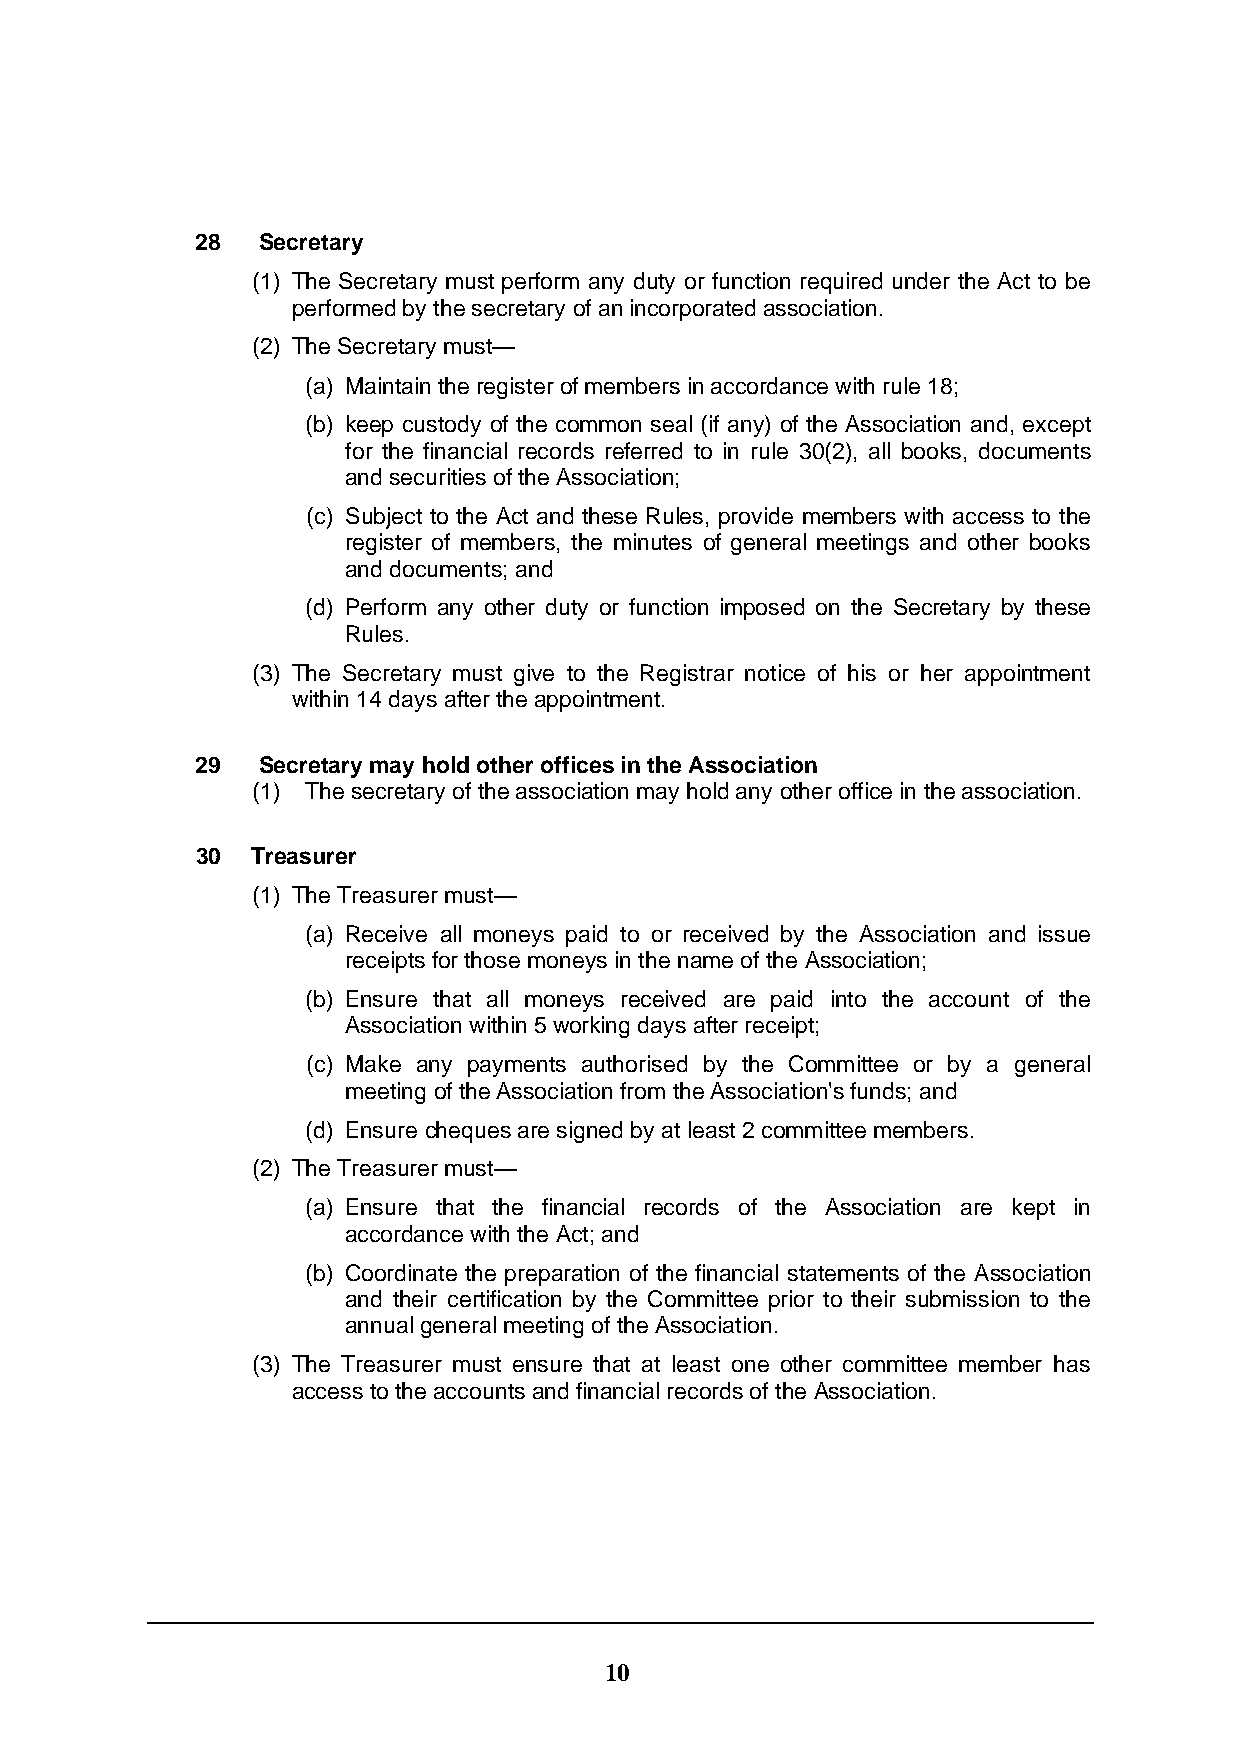
28  Secretary
 (1) The Secretary must perform any duty or function required under the Act to be
 performed by the secretary of an incorporated association.
 (2) The Secretary must—
 (a) Maintain the register of members in accordance with rule 18;
 (b) keep custody of the common seal (if any) of the Association and, except
 for the financial records referred to in rule 30(2), all books, documents
 and securities of the Association;
 (c) Subject to the Act and these Rules, provide members with access to the
 register of members, the minutes of general meetings and other books
 and documents; and
 (d) Perform any other duty or function imposed on the Secretary by these
 Rules.
 (3) The Secretary must give to the Registrar notice of his or her appointment
 within 14 days after the appointment.
 29  Secretary may hold other offices in the Association
 (1) The secretary of the association may hold any other office in the association.
 30  Treasurer
 (1) The Treasurer must—
 (a) Receive all moneys paid to or received by the Association and issue
 receipts for those moneys in the name of the Association;
 (b) Ensure that all moneys received are paid into the account of the
 Association within 5 working days after receipt;
 (c) Make any payments authorised by the Committee or by a general
 meeting of the Association from the Association's funds; and
 (d) Ensure cheques are signed by at least 2 committee members.
 (2) The Treasurer must—
 (a) Ensure that the financial records of the Association are kept in
 accordance with the Act; and
 (b) Coordinate the preparation of the financial statements of the Association
 and their certification by the Committee prior to their submission to the
 annual general meeting of the Association.
 (3) The Treasurer must ensure that at least one other committee member has
 access to the accounts and financial records of the Association.
 10